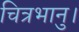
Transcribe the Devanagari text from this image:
चित्रभानु।